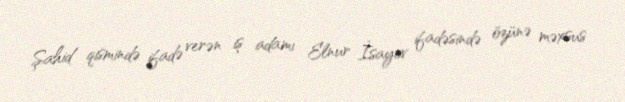
Şahid qismində ifadə verən iş adamı Elnur İsayev ifadəsində özünə məxsus